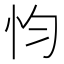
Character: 𢗋